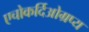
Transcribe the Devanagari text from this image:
एचोकर्दिओग्रप्य